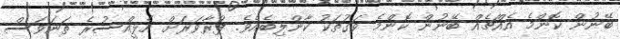
ބޭނުން ކޮންމެ އެއްޗެއް ބޭނުން ކޮންމެ ވަގުތަކު ކާންލިބެއެވެ. ފުރާވަރަށް އެޅީއްސުރެ ތަނަވަސް